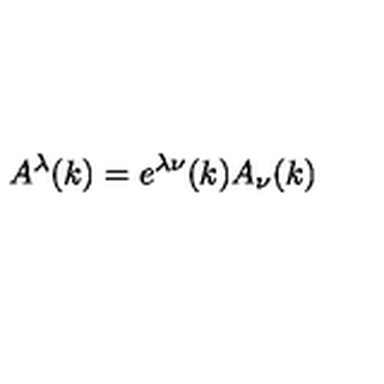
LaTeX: A ^ { \lambda } ( k ) = e ^ { \lambda \nu } ( k ) A _ { \nu } ( k )